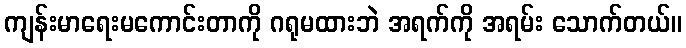
ကျန်းမာရေးမကောင်းတာကို ဂရုမထားဘဲ အရက်ကို အရမ်း သောက်တယ်။